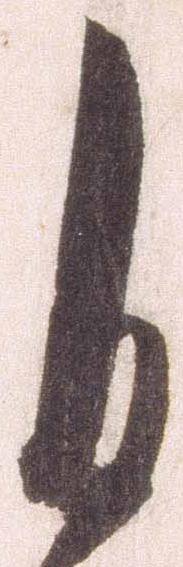
自